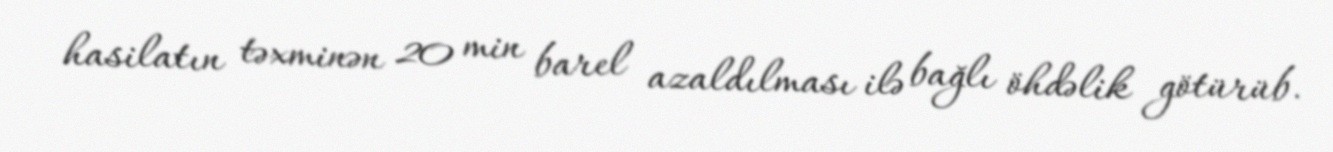
hasilatın təxminən 20 min barel azaldılması ilə bağlı öhdəlik götürüb.